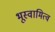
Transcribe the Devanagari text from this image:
भूस्वामित्व